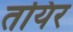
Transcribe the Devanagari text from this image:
तयिर